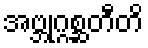
အဗ္ဘုဂ္ဂစ္ဆတီတိ